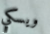
ويسكي